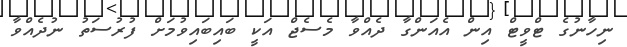
ނިހާނުގެ ޓްވީޓް އިން އެއަންގާ ދެއްވާ މެސެޖް އަކީ ބައިބައިވުމަށް ފުރުސަތު ނުދެއްވާ